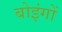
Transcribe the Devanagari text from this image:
बोइंगों